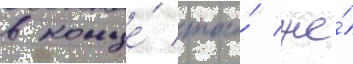
в конце́ того́ же́